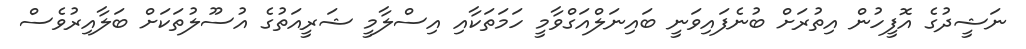
ނަޝީދުގެ އޮފީހުން އިތުރަށް ބުނެފައިވަނީ ބައިނަލްއަގްވާމީ ހަމަތަކާއި އިސްލާމީ ޝަރީއަތުގެ އުސޫލުތަކަށް ބަލާއިރުވެސް